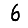
Digit: 6